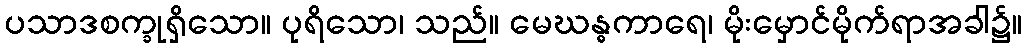
ပသာဒစက္ခုရှိသော။ ပုရိသော၊ သည်။ မေဃန္ဓကာရေ၊ မိုးမှောင်မိုက်ရာအခါ၌။